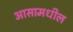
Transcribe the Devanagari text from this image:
आसामधील